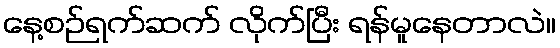
နေ့စဉ်ရက်ဆက် လိုက်ပြီး ရန်မူနေတာလဲ။